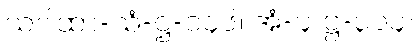
သဂါထာ-သံ-ဋ္ဌ-၁၄၆။ အံ-၄၊ ဋ္ဌ-၃၁၄။